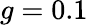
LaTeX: g=0.1